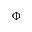
\Phi